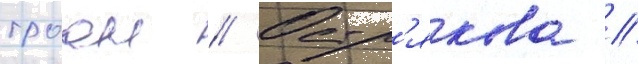
троан // Остр'якова //